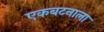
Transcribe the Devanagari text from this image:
एकबटनाला